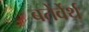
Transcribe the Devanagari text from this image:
बतेर्वेर्थ